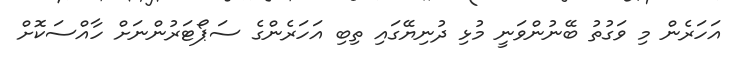
އަހަރެން މި ވަގުތު ބޭނުންވަނީ މުޅި ދުނިޔޭގައި ތިބި އަހަރެންގެ ސަޕޯޓަރުންނަށް ހާއްސަކޮށް